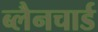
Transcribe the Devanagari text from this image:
ब्लैनचार्ड